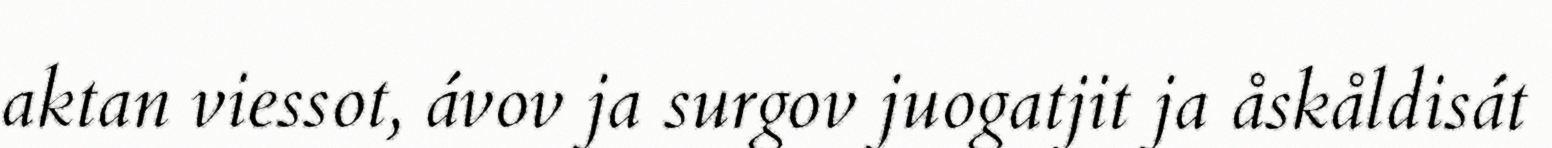
aktan viessot, ávov ja surgov juogatjit ja åskåldisát